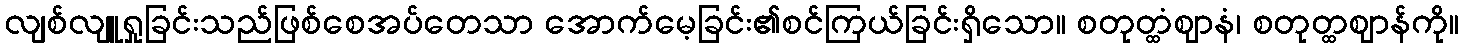
လျစ်လျူရှုခြင်းသည်ဖြစ်စေအပ်တေသာ အောက်မေ့ခြင်း၏စင်ကြယ်ခြင်းရှိသော။ စတုတ္ထံဈာနံ၊ စတုတ္ထဈာန်ကို။